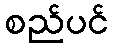
စည်ပင်